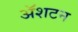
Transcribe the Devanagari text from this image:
ॲशटन